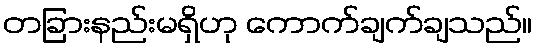
တခြားနည်းမရှိဟု ကောက်ချက်ချသည်။